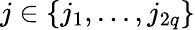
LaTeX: j\in\{ j_{1},...,j_{2q}\}